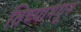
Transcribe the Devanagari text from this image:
तिच्यामधून